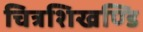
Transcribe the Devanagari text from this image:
चित्रशिखण्डि